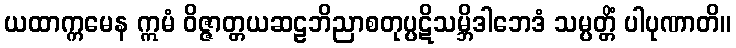
ယထာက္ကမေန ဣမံ ဝိဇ္ဇာတ္တယဆဠဘိညာစတုပ္ပဋိသမ္ဘိဒါဘေဒံ သမ္ပတ္တိံ ပါပုဏာတိ။